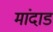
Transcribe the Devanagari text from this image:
मांदाड